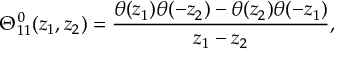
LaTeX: \mu ^ { 2 - 2 \omega } \int \frac { d ^ { 2 \omega } k } { \left( 2 \pi \right) ^ { 2 \omega } } \sum _ { n = - \infty } ^ { \infty } \left( k ^ { 2 } + \frac { 1 } { L ^ { 2 } } \left( 2 \pi n + \chi \right) ^ { 2 } \right) ^ { 1 / 2 } = - \frac { \pi ^ { 2 } } { 4 5 L ^ { 3 } } \left[ 1 - \frac { 1 5 } { 8 } \left( \left( \frac { \chi } { \pi } - 1 \right) ^ { 2 } - 1 \right) ^ { 2 } \right]